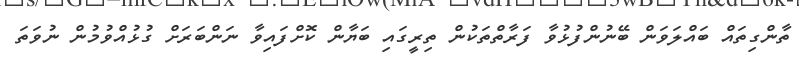
ތާންގިތައް ބައްލަވަން ބޭނުންފުޅުވާ ފަރާތްތަކުން ތިރީގައި ބަޔާން ކޮށްފައިވާ ނަންބަރަށް ގުޅުއްވުމުން ނުވަތަ